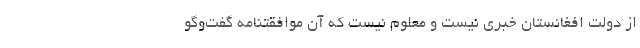
از دولت افغانستان خبري نيست و معلوم نيست كه آن موافقتنامه گفت‌وگو